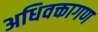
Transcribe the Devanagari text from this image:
अधिवक्तागण